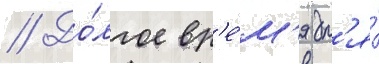
// До́лгое вр'е́м'я дл'я́